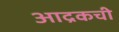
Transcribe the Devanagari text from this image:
आद्रकची